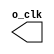
module clock_gen(
    output reg o_clk
);
    parameter PERIOD = 2;

    initial begin
        o_clk = 1'b0;
    end

    always #(PERIOD / 2) begin
        o_clk = ~o_clk;
    end

endmodule